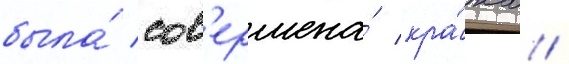
была́ сов'ершена́ кра́жа /